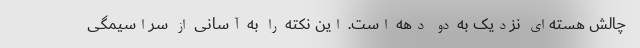
چالش هسته‌ای نزدیک به دو دهه است. این نکته را به آسانی از سراسیمگی